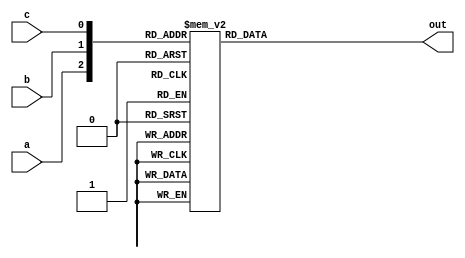
module or_gate (
    input wire a,
    input wire b,
    input wire c,
    output reg out
);

always @* begin
    case ({a, b, c})
        3'b000 : out = 1'b0;
        3'b001 : out = 1'b1;
        3'b010 : out = 1'b1;
        3'b011 : out = 1'b1;
        3'b100 : out = 1'b1;
        3'b101 : out = 1'b1;
        3'b110 : out = 1'b1;
        3'b111 : out = 1'b1;
    endcase
end

endmodule